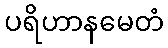
ပရိဟာနမေတံ